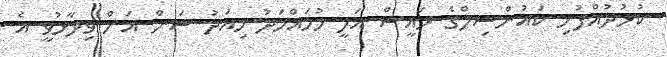
ކުޅުދުއްފުށި ކައުންސިލްގެ ރައީސް އަލީ މުހައްމަދު މިއަދު ސަން އަށް ވިދާޅުވީ އެ